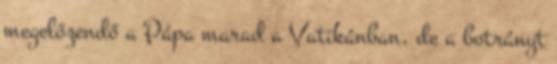
megelőzendő a Pápa marad a Vatikánban, de a botrányt